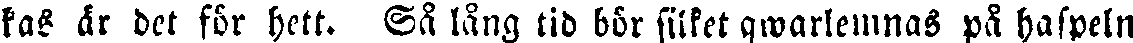
kas är det för hett. Så lång tid bör filket qwarlemnas på haspeln